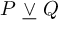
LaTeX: P \ { \underline { { \lor } } } \ Q